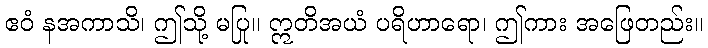
ဧဝံ နအကာသိ၊ ဤသို့ မပြု။ ဣတိအယံ ပရိဟာရော၊ ဤကား အဖြေတည်း။